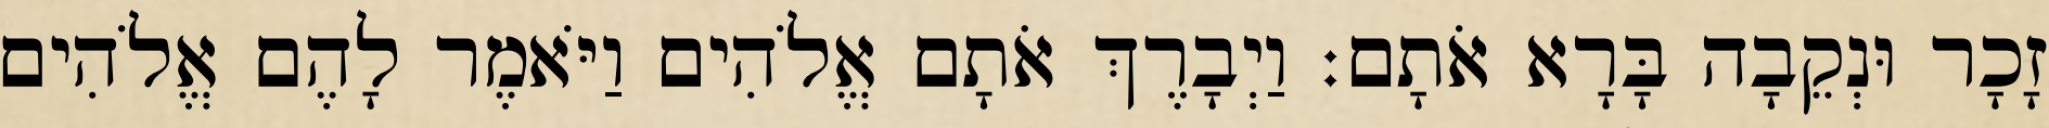
זָכָר וּנְקֵבָה בָּרָא אֹתָם׃ וַיְבָרֶךְ אֹתָם אֱלֹהִים וַיֹּאמֶר לָהֶם אֱלֹהִים